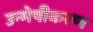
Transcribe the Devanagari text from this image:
उन्मेषीकरण